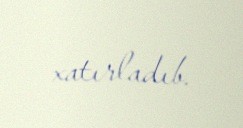
xatırladıb.